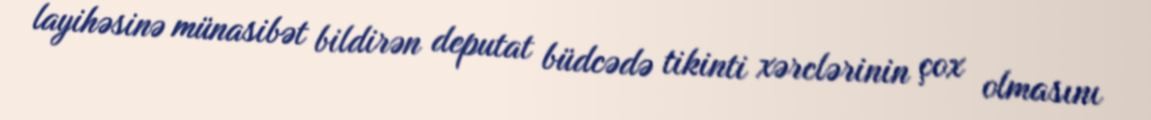
layihəsinə münasibət bildirən deputat büdcədə tikinti xərclərinin çox olmasını